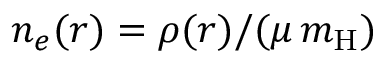
n _ { e } ( r ) = \rho ( r ) / ( \mu \, m _ { \mathrm { H } } )